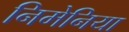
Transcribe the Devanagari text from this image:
निमेनिया